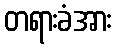
တရားခံအား